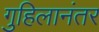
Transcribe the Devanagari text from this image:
गुहिलानंतर